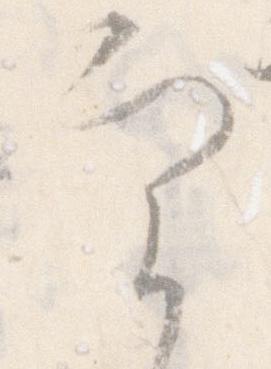
実